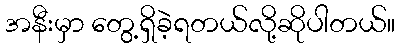
အနီးမှာ တွေ့ရှိခဲ့ရတယ်လို့ဆိုပါတယ်။